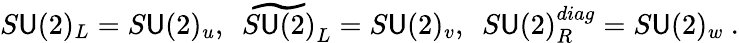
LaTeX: S\mathsf{U}(2)_{L}=S\mathsf{U}(2)_{u},~~\widetilde{{S\mathsf{U}(2)}}_{L}=S\mathsf{U}(2)_{v},~~S\mathsf{U}(2)_{R}^{diag}=S\mathsf{U}(2)_{w}\ .